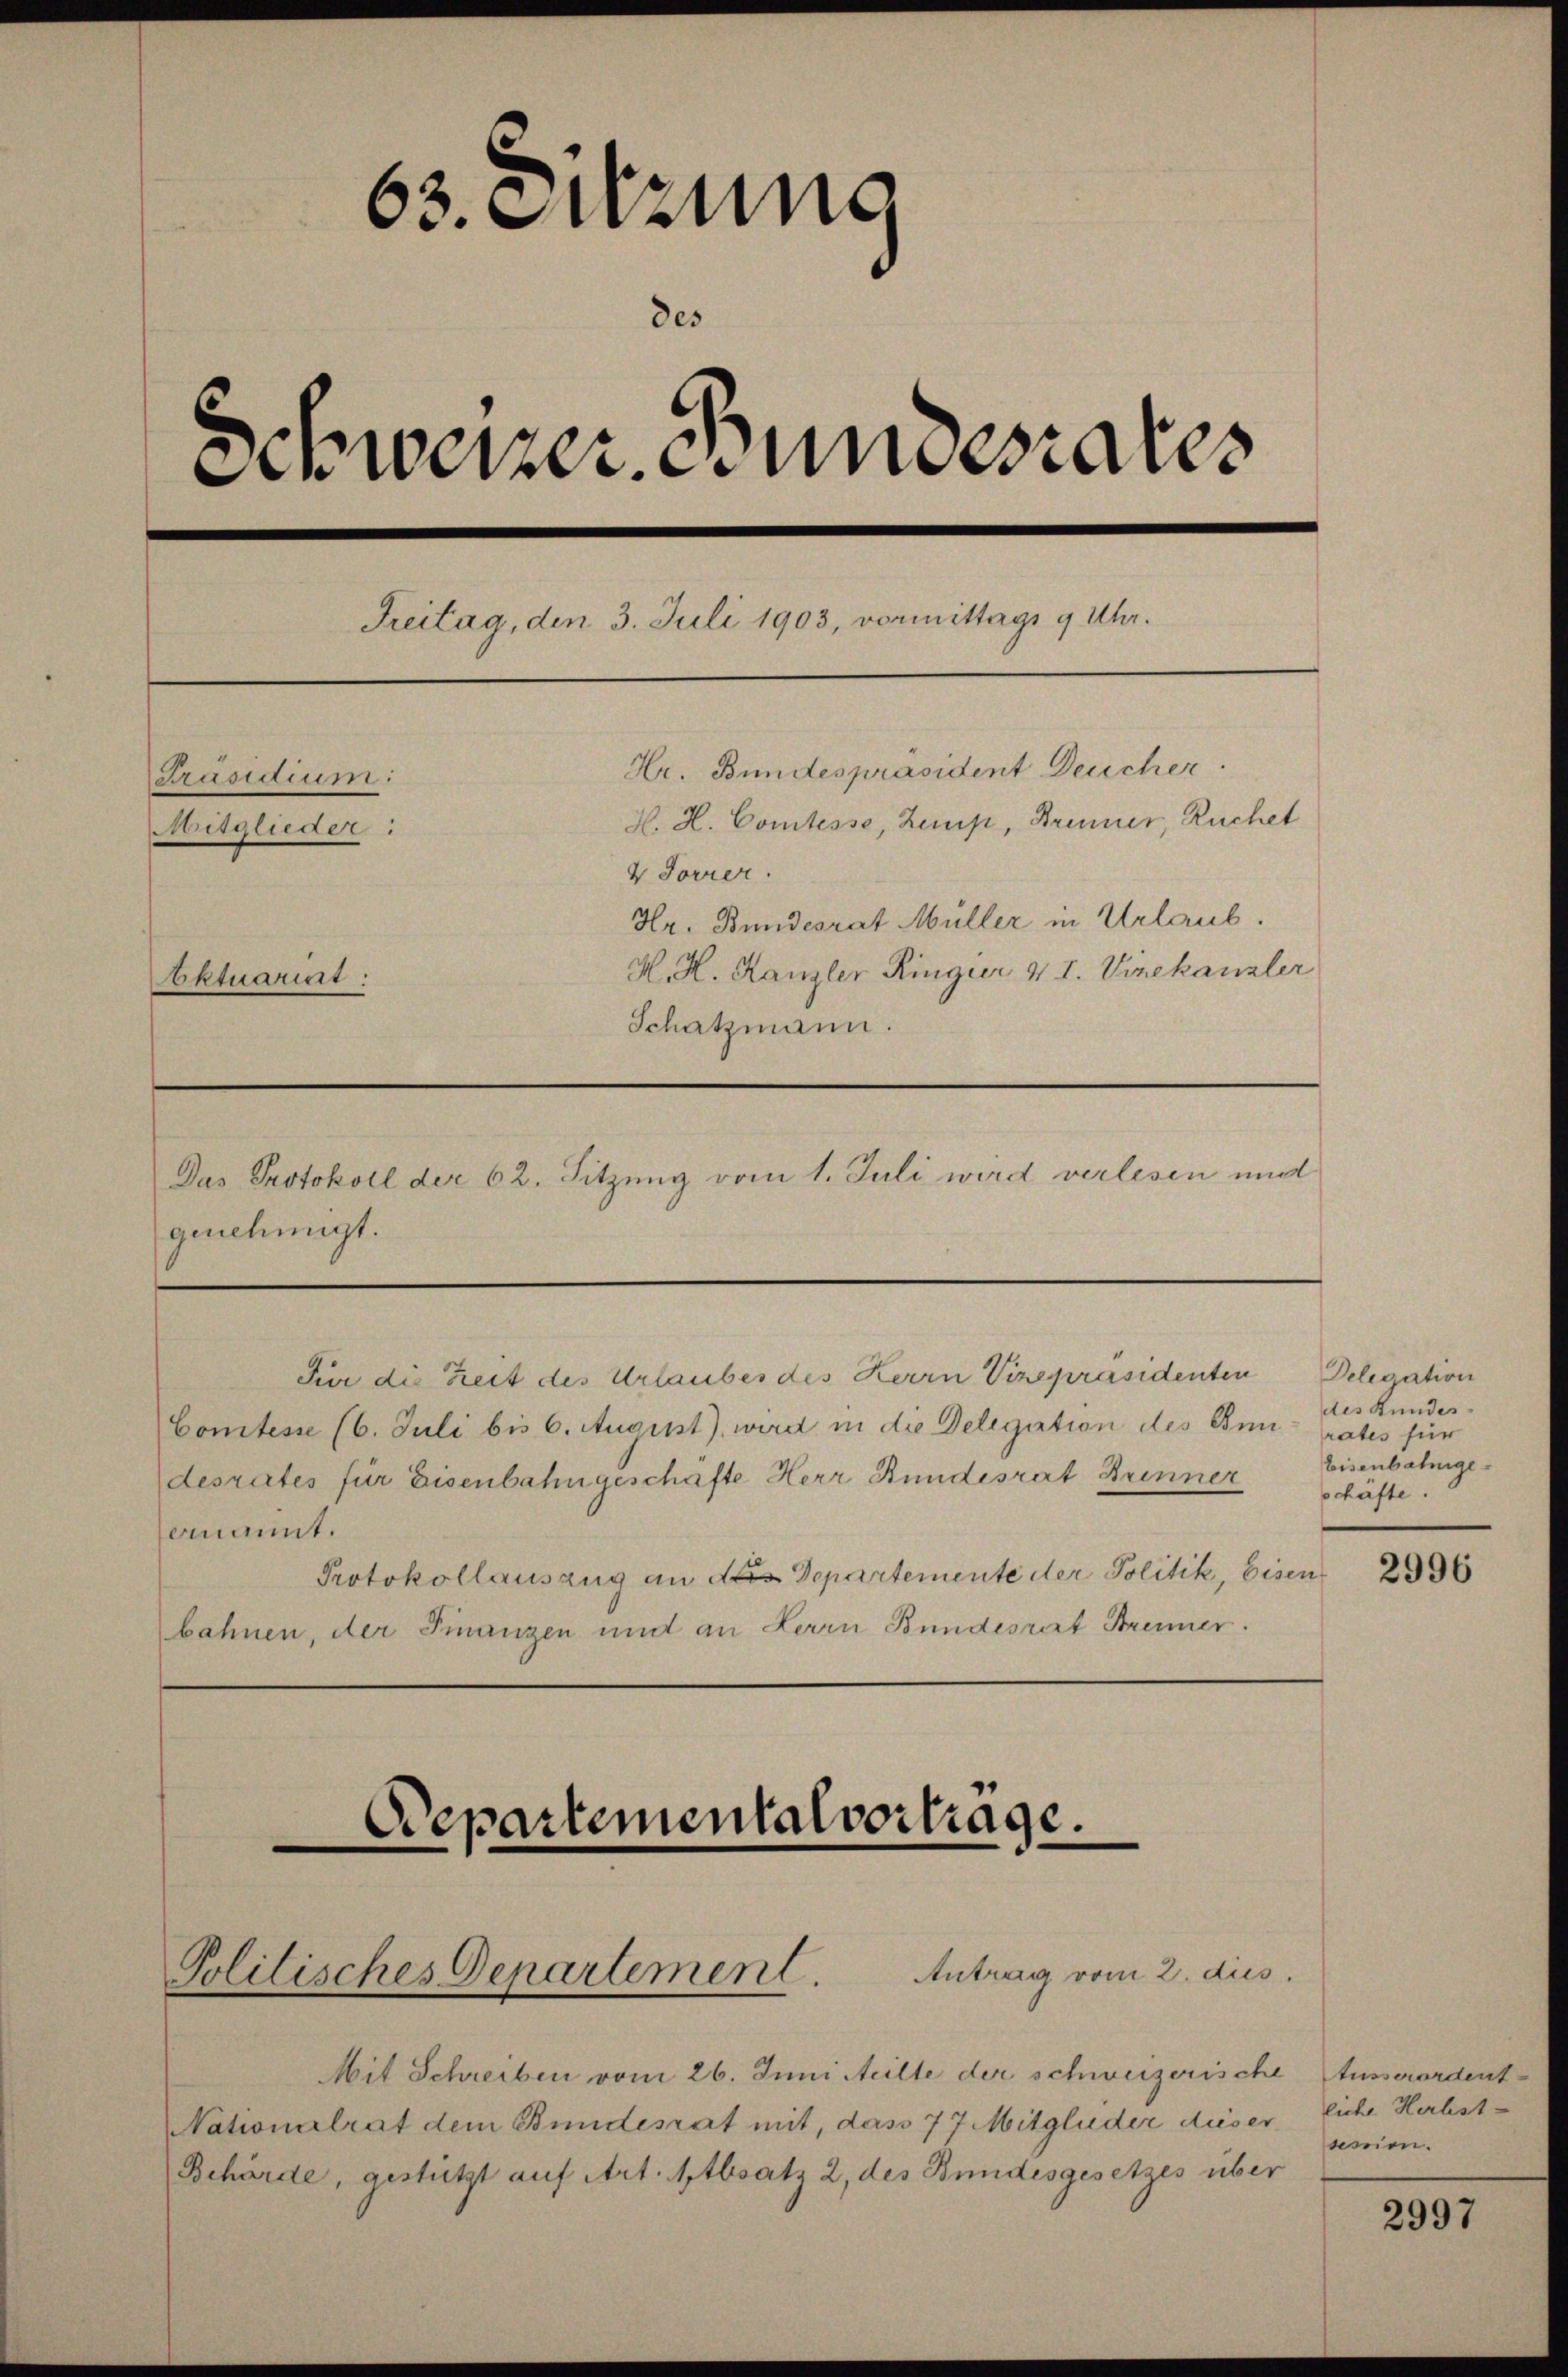
63. Enzung
des
Anweizer undesrates
Freitag, den 3. Juli 1903, vormittags 9 Uhr.
Hr. Bundespräsident Deucher.
Präsidium:
H. H. Comtesse, Zemp, Brenner, Ruchet
Mitglieder:
V Forrer.
Hr. Bundesrat Müller in Urlaub.
H. H. Kanzler Ringier v I. Vizekanzler
Aktuarit:
Schatzmann.

Das Protokoll der 62. Sitzung vom 1. Juli wird verlesen und
genehmigt.

Politisches Departement.

Departementalvertrage.

Für die Zeit des Urlaubes des Herrn Vizepräsidenten
Comtesse (6. Juli bis 6. August), wird in die Delegation des Einrates für
desrates für Eisenbahngeschäfte Herr Bundesrat Brenner
omnannt.
Protokollauszug an des Departemente der Politik, Eisen 26
bahnen, der Finanzen und an Herrn Bundesrat Brenner.

Antrag vom 2. dus

Mit Schreiben vom 26. Juni Meille der schweizerische Ausserordent-
Nationalrat dem Bundesrat mit, dass 77 Mitglieder dieser liche Herbst-
Behörde, gestützt auf Art. Absatz 2, des Bundesgesetzes über

Delegation
des Bundes-
Eisenbahngeschäfte.

session.

2997